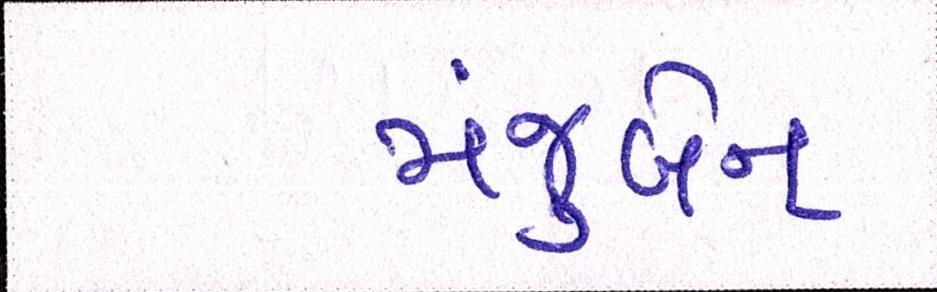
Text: મંજુબેન